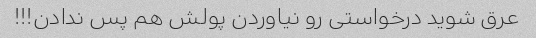
عرق شوید درخواستی رو نیاوردن پولش هم پس ندادن!!!